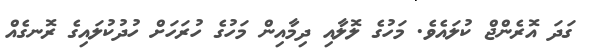
ގަދަ އޮރެންޖް ކުލައެވެ. މަހުގެ ލޮލާއި ދިމާއިން މަހުގެ ހުރަހަށް ހުދުކުލައިގެ ރޮނގެއް